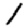
Digit: 1